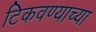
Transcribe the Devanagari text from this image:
टिकवण्याच्या